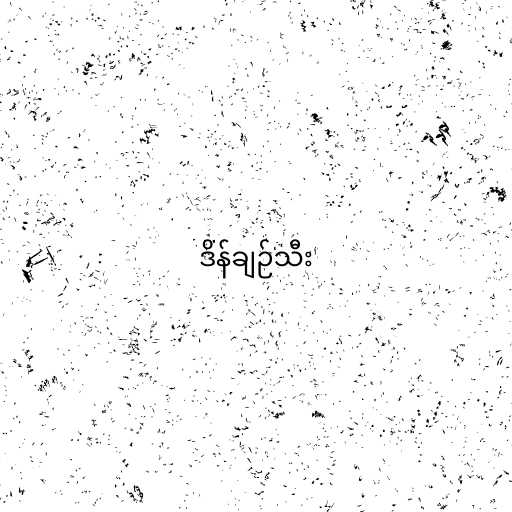
ဒိန်ချဉ်သီး